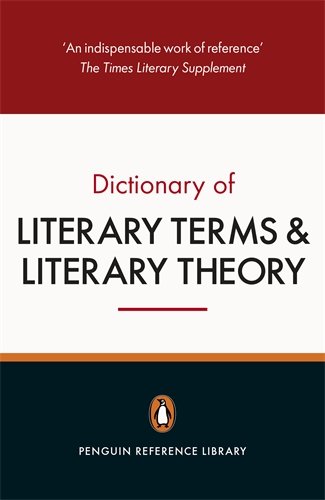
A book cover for The Penguin Dictionary of Literary Terms and Literary Theory: Fifth Edition; J. A. Cuddon; Literature & Fiction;